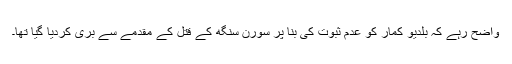
واضح رہے کہ بلدیو کمار کو عدم ثبوت کی بنا پر سورن سنگھ کے قتل کے مقدمے سے بری کردیا گیا تھا۔